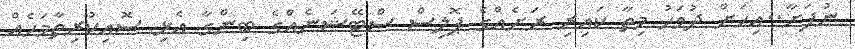
ނުފަށާ..އިހަށް ދުވަހު މިތާ ކައިރި ރަށެއްގެ ޕޮލިސް ސްޓޭޝަނެއްގެ ބިންގާ އެޅި ސޮއިކުރިތާމަހެއް